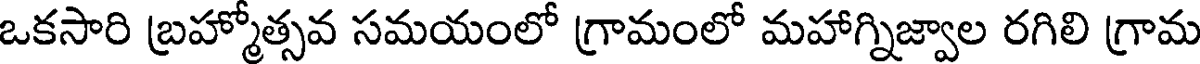
ఒకసారి బ్రహ్మోత్సవ సమయంలో గ్రామంలో మహాగ్నిజ్వాల రగిలి గ్రామ